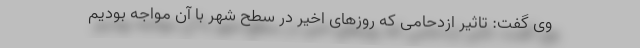
وی گفت: تاثیر ازدحامی که روزهای اخیر در سطح شهر با آن مواجه بودیم